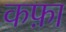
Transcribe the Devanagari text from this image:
कफ़ा